Civil Veterinary Department ledger series I-VI
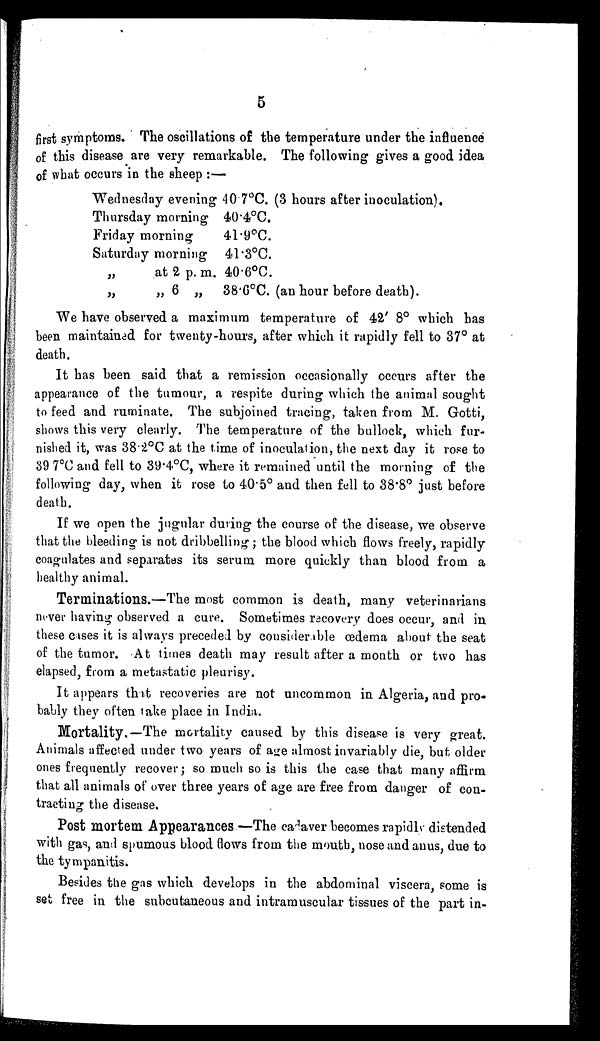
5
first symptoms. The oscillations of the temperature under the influence
of this disease are very remarkable. The following gives a good idea
of what occurs in the sheep :—
Wednesday evening 40.7°C. (3 hours after inoculation).
Thursday morning 40.4°C.
Friday morning
41.9°C.
Saturday morning 41.3°C.
„
at 2 p. m. 40.6°C.
„
„
6
„
38.6°C. (an hour before death).
We have observed a maximum temperature of 42' 8° which has
been maintained for twenty-hours, after which it rapidly fell to 37° at
death.
It has been said that a remission occasionally occurs after the
appearance of the tumour, a respite during which the animal sought
to feed and ruminate. The subjoined tracing, taken from M. Gotti,
shows this very clearly. The temperature of the bullock, which fur-
nished it, was 38.2°C at the time of inoculation, the next day it rose to
39.7°C and fell to 39.4°C, where it remained until the morning of the
following day, when it rose to 40.5° and then fell to 38.8° just before
death.
If we open the jugular during the course of the disease, we observe
that the bleeding is not dribbelling; the blood which flows freely, rapidly
coagulates and separates its serum more quickly than blood from a
healthy animal.
Terminations.—The most common is death, many veterinarians
never having observed a cure. Sometimes recovery does occur, and in
these cases it is always preceded by considerable œdema about the seat
of the tumor. At times death may result after a month or two has
elapsed, from a metastatic pleurisy.
It appears that recoveries are not uncommon in Algeria, and pro-
bably they often take place in India.
Mortality.—The mortality caused by this disease is very great.
Animals affected under two years of age almost invariably die, but older
ones frequently recover; so much so is this the case that many affirm
that all animals of over three years of age are free from danger of con-
tracting the disease.
Post mortem Appearances —The cadaver becomes rapidly distended
with gas, and spumous blood flows from the mouth, nose and anus, due to
the tympanitis.
Besides the gas which develops in the abdominal viscera, some is
set free in the subcutaneous and intramuscular tissues of the part in-